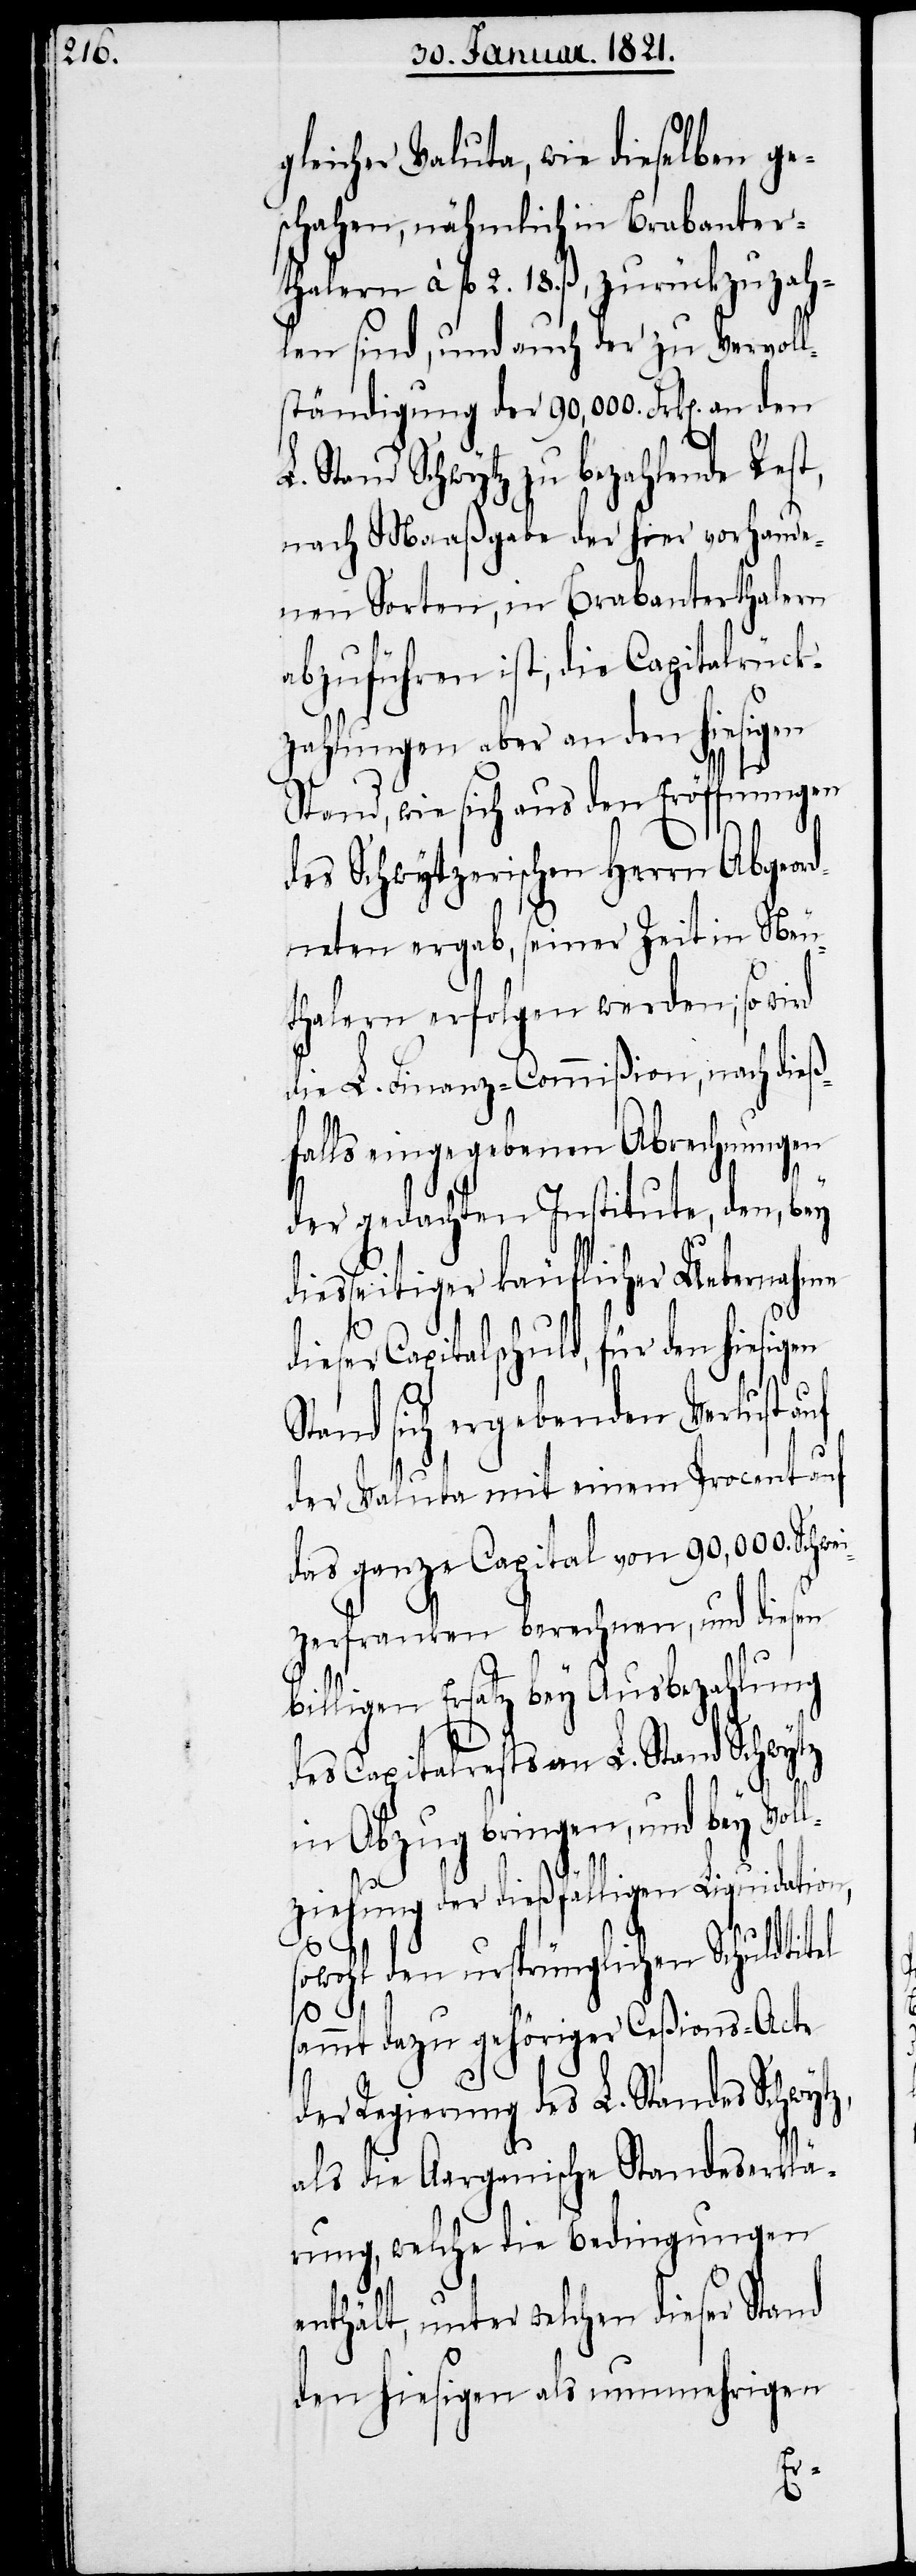
gleicher Valuta, wie dieselben ge¬
schahen, nähmlich in Brabantert¬
halern à fl. 2. 18. ß, zurückzuzah¬
len sind, und auch der zu Vervoll¬
ständigung der 90,000 Frk[en]. an den
Stand Schwytz zu bezahlende Rest,
nach Maaßgabe der hier vorhande¬
nen Sorten, in Brabanterthalern
abzuführen ist, die Capitalrück¬
zahlungen aber an den hiesigen
Stand, wie sich aus den Eröffnungen
des Schwytzerischen Herrn Abgeor¬
dneten ergab, seiner Zeit in Neu¬
thalern erfolgen werden; so wird
die L. Finanz-Commißion, nach dieß¬
falls eingegebenen Abrechnungen
der gedachten Institute, den, bey
diesseitiger käuflicher Uebernahme
dieser Capitalschuld, für den hiesigen
Stand sich ergebenden Verlust auf
der Valuta mit einem Procent auf
das ganze Capital von 90,000. Schwei¬
zerfranken berechnen, und diesen
billigen Ersatz bey Ausbezahlung
des Capitalrests an L. Stand Schwytz
in Abzug bringen, und bey Vol¬
lziehung der dießfälligen Liquidation,
sowohl den ursprünglichen Schuldtitel
sammt dazu gehöriger Ceßions-Acte
der Regierung des L. Standes Schwytz,
als die Aargauische Standeserklä¬
rung, welche die Bedingungen
enthält, unter welchen dieser Stand
den hiesigen als nunmehrigen